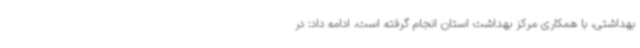
بهداشتی، با همکاری مرکز بهداشت استان انجام گرفته است، ادامه داد: در